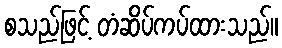
စသည်ဖြင့် တံဆိပ်ကပ်ထားသည်။